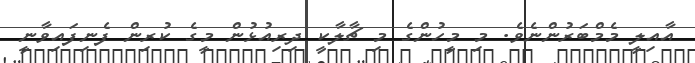
އާއިލީ މެމްބަރުންނެވެ. މި މީހުންގެ މި ޗާލާކީ ދިރިއުޅުން މީގެ ކުރިން ފެނިފައިވާނީ